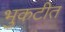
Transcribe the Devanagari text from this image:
भुकटीत